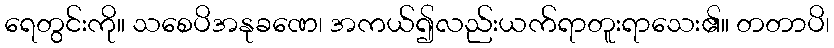
ရေတွင်းကို။ သစေပိအနုခဏေ၊ အကယ်၍လည်းယက်ရာတူးရာသေး၏။ တတာပိ၊